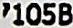
7105B